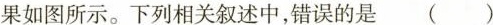
果如图所示。下列相关叙述中，错误的是( )